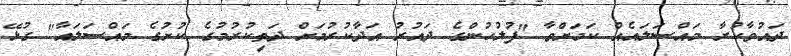
ދައުވާކުރާ މައްސަލައެއް ކަމަށްވާ "ފުލުހުންގެ ދައުރު އަދާކުރުމަށް ދަތިކުރުމުގެ ކުށުގެ މައްސަލައާ" ގުޅޭ